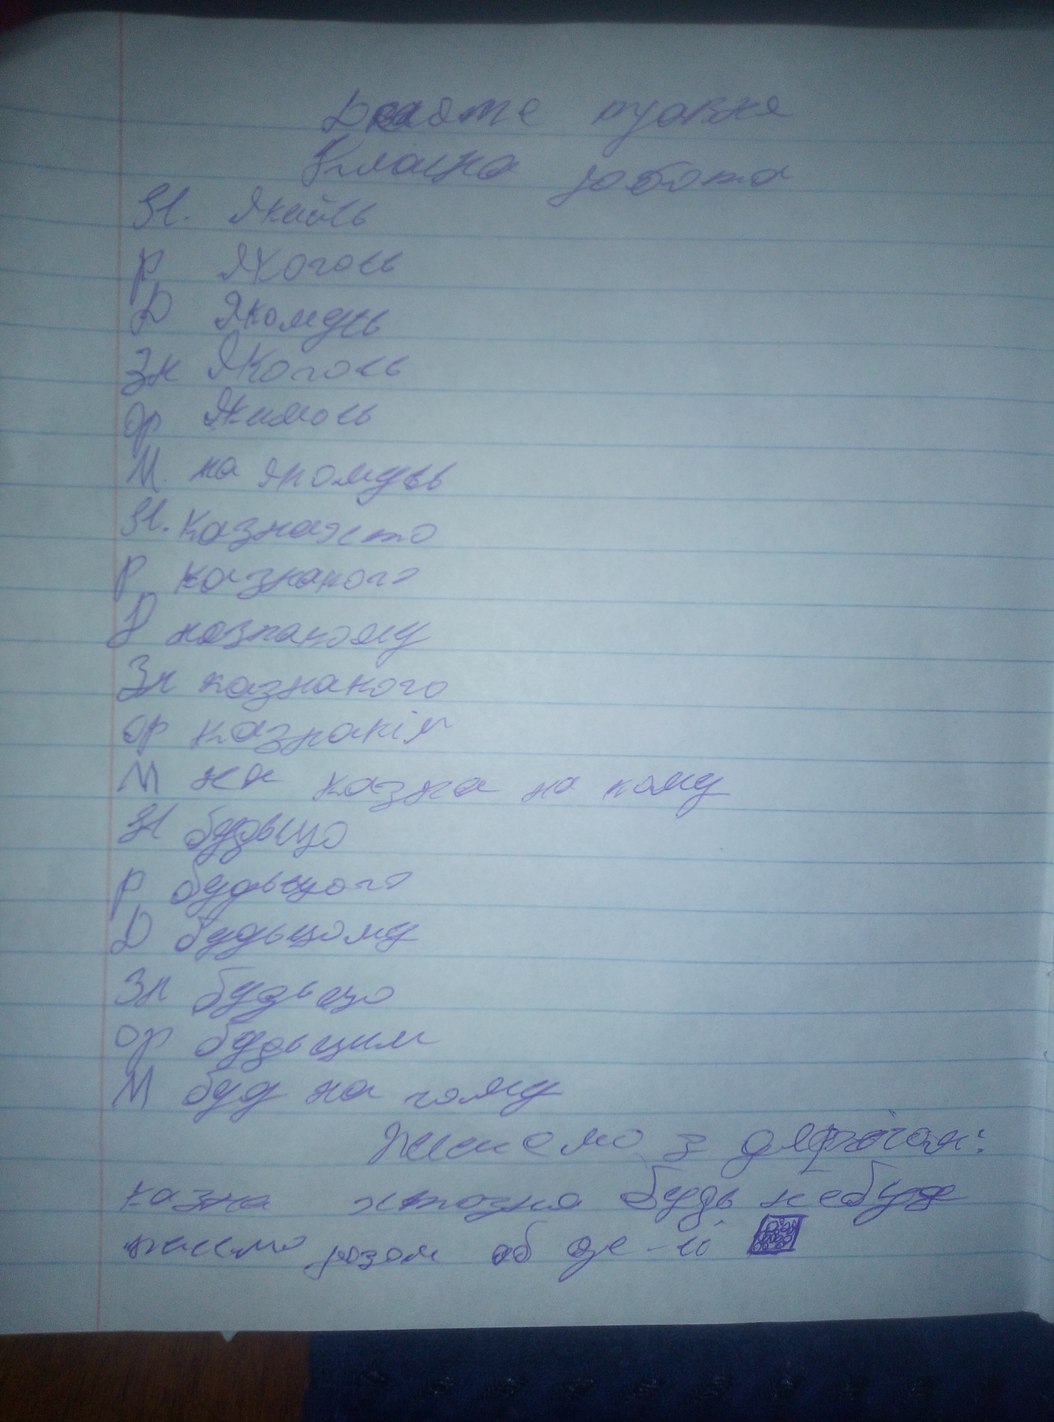
Десяте травня
Класна робота
Н. Якийсь
Р. Якогось
Д. Якомусь
Зн Якогось
Ор Якимось
М. на якомусь
Н. Казнахто
Р казнакого
Д казнакому
Зн казнакого
Ор казнакім
М на казна на кому
Н будьщо
Р. будьчого
Д будьчому
Зн будуьщо
Ор будьцим
М буд на чому
Живаємо з дефісом:
казна ктозна будь не будь
пишемо разом об де-ло